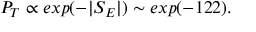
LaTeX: P _ { T } \propto e x p ( - \vert S _ { E } \vert ) \sim e x p ( - 1 2 2 ) .